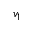
v _ { 1 }